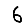
Digit: 6